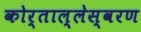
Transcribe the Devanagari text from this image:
कोर्ताल्लेस्वरण